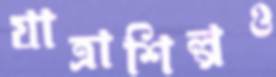
যাত্রাশিল্পও